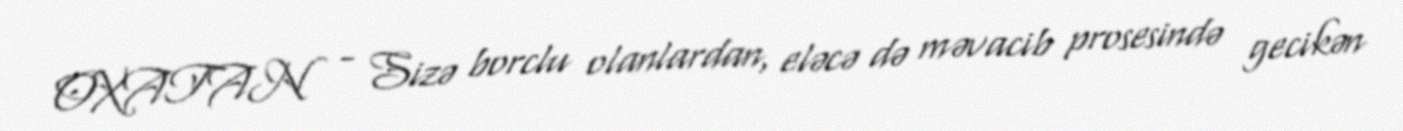
OXATAN - Sizə borclu olanlardan, eləcə də məvacib prosesində gecikən